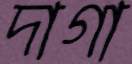
দাগা